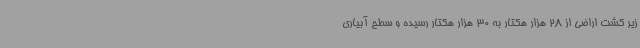
زیر کشت اراضی از 28 هزار هکتار به 30 هزار هکتار رسیده و سطح آبیاری